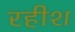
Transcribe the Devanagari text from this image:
रहीश